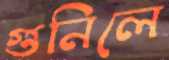
গুনিলে